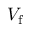
\ensuremath { V _ { \mathrm { f } } }